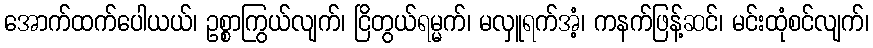
အောက်ထက်ပေါယယ်၊ ဥစ္စာကြွယ်လျက်၊ ငြိတွယ်ရမ္မက်၊ မလှူရက်အံ့၊ ကနက်ဖြန့်ဆင်၊ မင်းထုံစင်လျက်၊